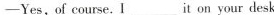
—Yes, of course. I ___ it on your desk